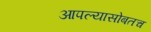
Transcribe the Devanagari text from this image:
आपल्यासोबतच